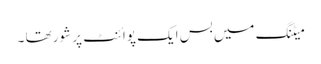
میٹنگ میں بس ایک پوائنٹ پر شور تھا ۔